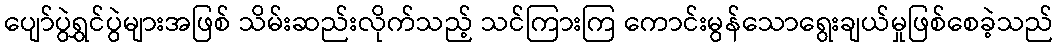
ပျော်ပွဲရွှင်ပွဲများအဖြစ် သိမ်းဆည်းလိုက်သည့် သင်ကြားကြ ကောင်းမွန်သောရွေးချယ်မှုဖြစ်စေခဲ့သည်